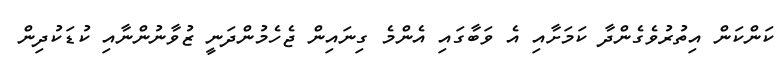
ކަންކަން އިތުރުވެގެންދާ ކަމަށާއި އެ ވަބާގައި އެންމެ ގިނައިން ޖެހެމުންދަނީ ޒުވާނުންނާއި ކުޑަކުދިން